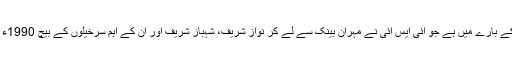
اصغر خان کیس اُن رقومات کے بارے میں ہے جو آئی ایس آئی نے مہران بینک سے لے کر نواز شریف، شہباز شریف اور اُن کے اہم سُرخیلوں کے بیچ 1990ء کے انتخابات میں بانٹیں تھیں۔